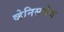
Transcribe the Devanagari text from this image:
व्हेनिसचेच